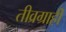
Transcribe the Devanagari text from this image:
तीव्रग्राही